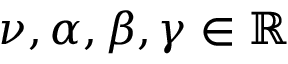
\nu , \alpha , \beta , \gamma \in \mathbb { R }